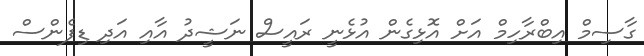
ގާސިމް އިބްރާހިމް އަށް އޮޅިގެން އުޅެނީ ރައީސް ނަޝީދު އާއި އަދި ޑިފެންސް